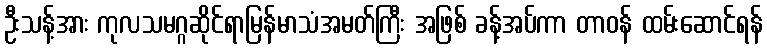
ဦးသန့်အား ကုလသမဂ္ဂဆိုင်ရာမြန်မာသံအမတ်ကြီး အဖြစ် ခန့်အပ်ကာ တာဝန် ထမ်းဆောင်ရန်